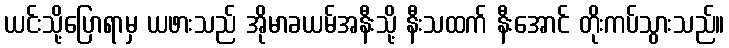
ယင်းသို့ပြောရာမှ ယဖားသည် အိုမာခယမ်အနီးသို့ နီးသထက် နီးအောင် တိုးကပ်သွားသည်။